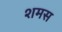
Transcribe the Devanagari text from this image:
शमस